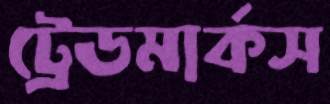
ট্রেডমার্কস